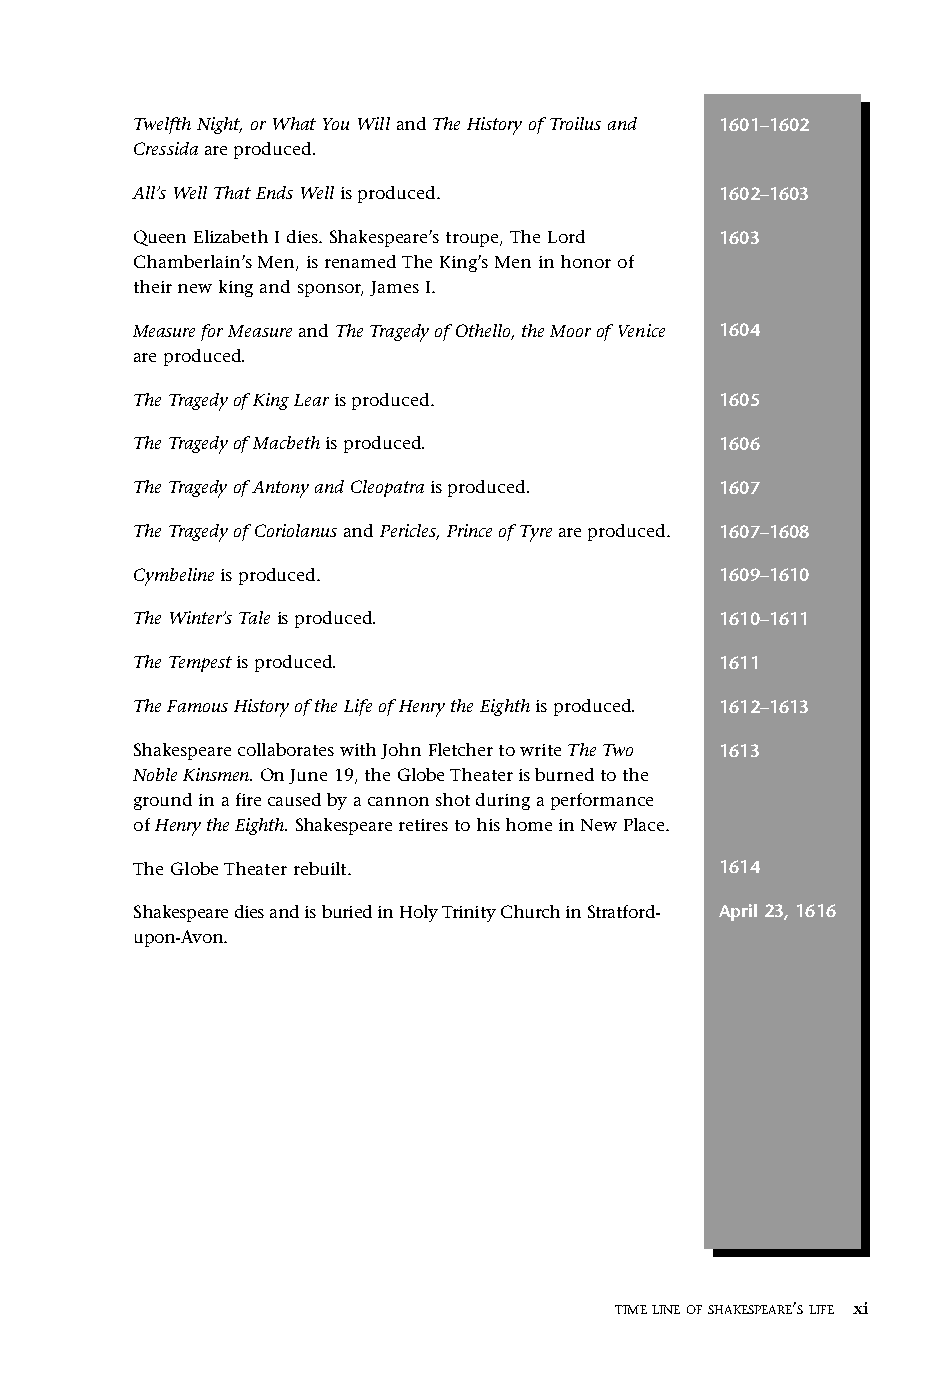
Othello FM.qxd 1/14/05 9:25 AM Page xi
 Twelfth Night, or What You Will and The History of Troilus and 1601–1602
 Cressidaare produced.
 All’s Well That Ends Well is produced. 1602–1603
 Queen Elizabeth I dies. Shakespeare’s troupe, The Lord 1603
 Chamberlain’s Men, is renamed The King’s Men in honor of
 their new king and sponsor, James I.
 Measure for Measureand The Tragedy of Othello, the Moor of Venice 1604
 are produced.
 The Tragedy of King Learis produced.   1605
 The Tragedy of Macbethis produced.     1606
 The Tragedy of Antony and Cleopatrais produced. 1607
 The Tragedy of Coriolanusand Pericles, Prince of Tyreare produced. 1607–1608
 Cymbeline is produced.                 1609–1610
 The Winter’s Taleis produced.          1610–1611
 The Tempestis produced.                1611
 The Famous History of the Life of Henry the Eighthis produced. 1612–1613
 Shakespeare collaborates with John Fletcher to write The Two 1613
 Noble Kinsmen. On June 19, the Globe Theater is burned to the
 ground in a fire caused by a cannon shot during a performance
 of Henry the Eighth. Shakespeare retires to his home in New Place.
 The Globe Theater rebuilt.             1614
 Shakespeare dies and is buried in Holy Trinity Church in Stratford- April 23, 1616
 upon-Avon.
 TIMELINEOFSHAKESPEARE’SLIFE xi